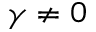
\gamma \neq 0